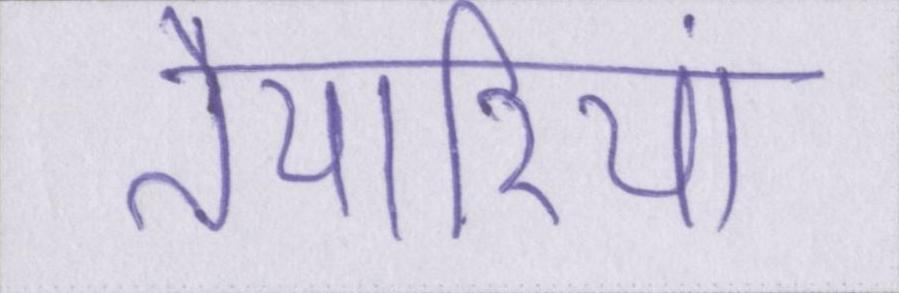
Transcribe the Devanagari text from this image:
तैयारियां